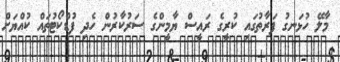
މާލޭ ހުޅަނގު ފަރާތުގައި ކުރީގެ ރައީސް ޔާމީންގެ ސަރުކާރުން ހެދި ފުޑްކޯޓުތައް ކުއްޔަށް